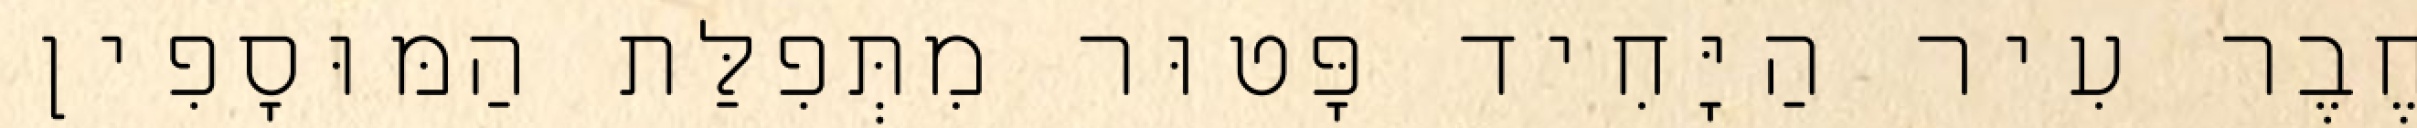
חֶבֶר עִיר הַיָּחִיד פָּטוּר מִתְּפִלַּת הַמּוּסָפִין